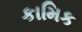
કામિક